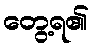
တွေ့ရ၏